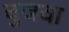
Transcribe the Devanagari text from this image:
बुजवा